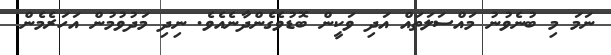
ނަމަ މި ބުނެވުނު މައްސަލަތައް އަދި ވަކީން ބޮޑުވެގެންދާނެއެވެ. ނިދި މަދުވުމުން އަހަރެމެން